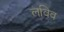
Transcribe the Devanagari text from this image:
लविव